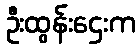
ဦးထွန်းဌေးက